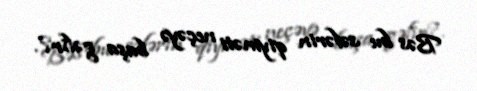
Bəs bu səfərin qiyməti neçəyə başa gəlir?.